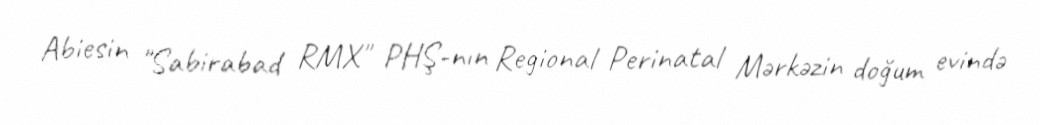
Abiesin "Sabirabad RMX" PHŞ-nın Regional Perinatal Mərkəzin doğum evində